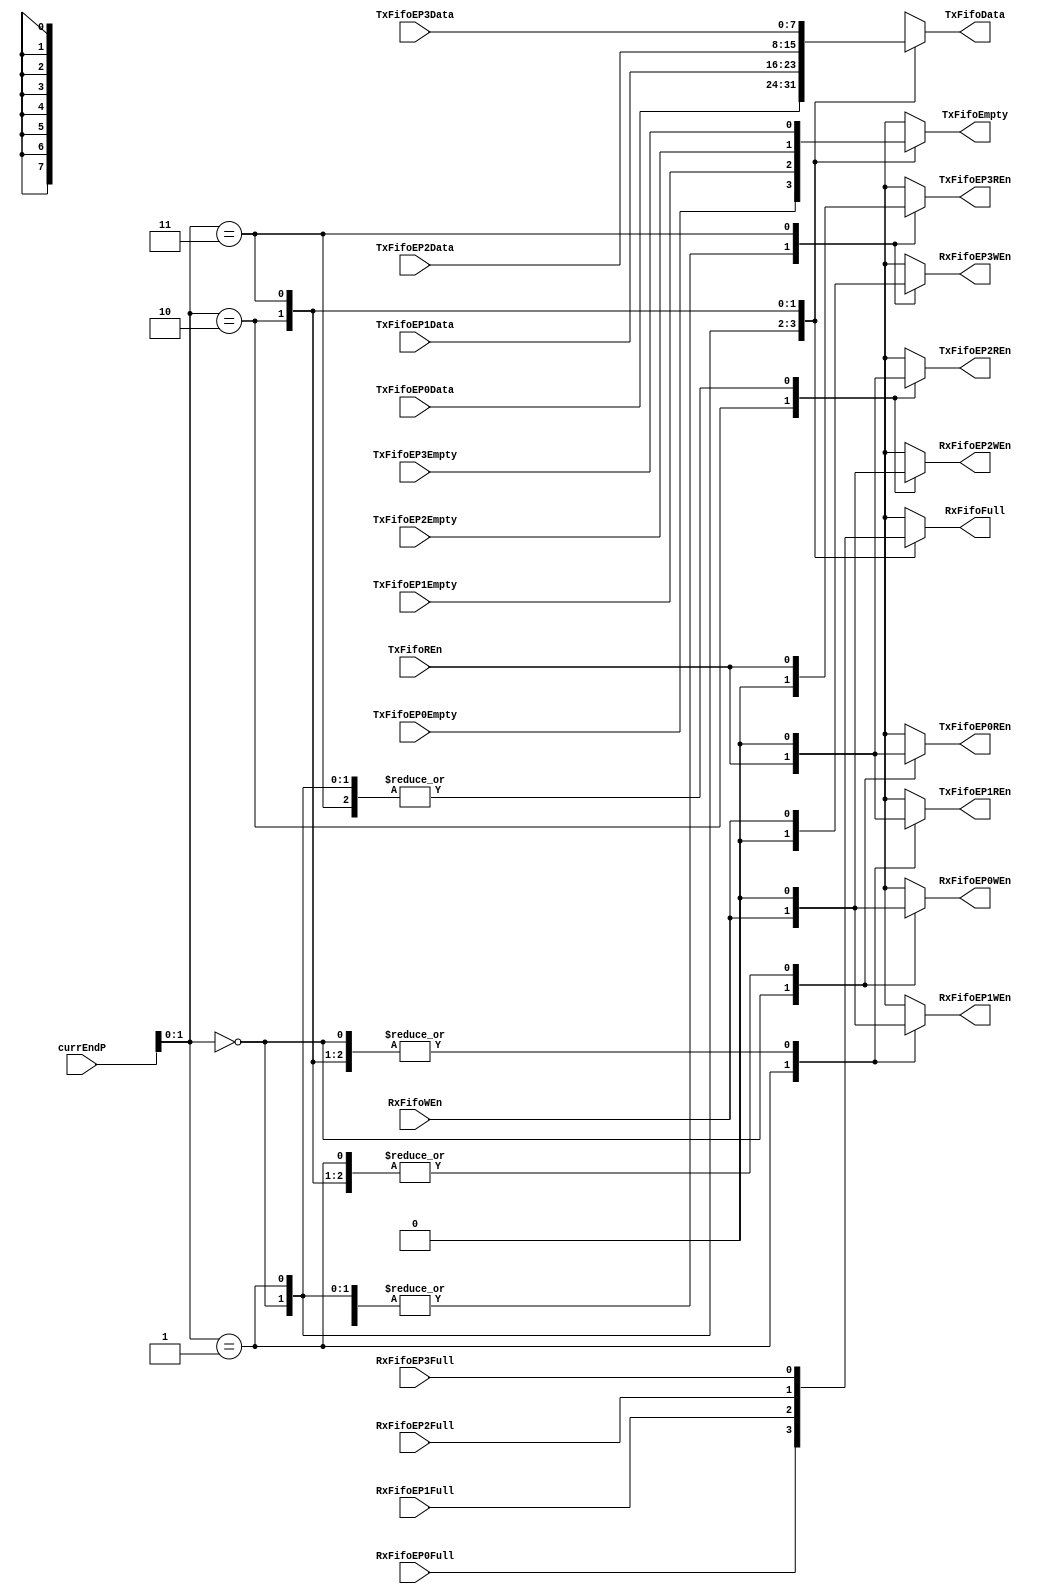
module fifoMux_simlib (
  currEndP,
  //TxFifo
  TxFifoREn,
  TxFifoEP0REn,
  TxFifoEP1REn,
  TxFifoEP2REn,
  TxFifoEP3REn,
  TxFifoData,
  TxFifoEP0Data,
  TxFifoEP1Data,
  TxFifoEP2Data,
  TxFifoEP3Data,
  TxFifoEmpty,
  TxFifoEP0Empty,
  TxFifoEP1Empty,
  TxFifoEP2Empty,
  TxFifoEP3Empty,
  //RxFifo
  RxFifoWEn,
  RxFifoEP0WEn,
  RxFifoEP1WEn,
  RxFifoEP2WEn,
  RxFifoEP3WEn,
  RxFifoFull,
  RxFifoEP0Full,
  RxFifoEP1Full,
  RxFifoEP2Full,
  RxFifoEP3Full
    );


input [3:0] currEndP;
//TxFifo
input TxFifoREn;
output TxFifoEP0REn;
output TxFifoEP1REn;
output TxFifoEP2REn;
output TxFifoEP3REn;
output [7:0] TxFifoData;
input [7:0] TxFifoEP0Data;
input [7:0] TxFifoEP1Data;
input [7:0] TxFifoEP2Data;
input [7:0] TxFifoEP3Data;
output TxFifoEmpty;
input TxFifoEP0Empty;
input TxFifoEP1Empty;
input TxFifoEP2Empty;
input TxFifoEP3Empty;
  //RxFifo
input RxFifoWEn;
output RxFifoEP0WEn;
output RxFifoEP1WEn;
output RxFifoEP2WEn;
output RxFifoEP3WEn;
output RxFifoFull;
input RxFifoEP0Full;
input RxFifoEP1Full;
input RxFifoEP2Full;
input RxFifoEP3Full;

wire [3:0] currEndP;
//TxFifo
wire TxFifoREn;
reg TxFifoEP0REn;
reg TxFifoEP1REn;
reg TxFifoEP2REn;
reg TxFifoEP3REn;
reg [7:0] TxFifoData;
wire [7:0] TxFifoEP0Data;
wire [7:0] TxFifoEP1Data;
wire [7:0] TxFifoEP2Data;
wire [7:0] TxFifoEP3Data;
reg TxFifoEmpty;
wire TxFifoEP0Empty;
wire TxFifoEP1Empty;
wire TxFifoEP2Empty;
wire TxFifoEP3Empty;
  //RxFifo
wire RxFifoWEn;
reg RxFifoEP0WEn;
reg RxFifoEP1WEn;
reg RxFifoEP2WEn;
reg RxFifoEP3WEn;
reg RxFifoFull;
wire RxFifoEP0Full;
wire RxFifoEP1Full;
wire RxFifoEP2Full;
wire RxFifoEP3Full;

//internal wires and regs

//combinatorially mux TX and RX fifos for end points 0 through 3
always @(currEndP or
  TxFifoREn or
  RxFifoWEn or
  TxFifoEP0Data or
  TxFifoEP1Data or
  TxFifoEP2Data or
  TxFifoEP3Data or
  TxFifoEP0Empty or
  TxFifoEP1Empty or
  TxFifoEP2Empty or
  TxFifoEP3Empty or
  RxFifoEP0Full or
  RxFifoEP1Full or
  RxFifoEP2Full or
  RxFifoEP3Full)
begin
  case (currEndP[1:0])
    2'b00: begin
      TxFifoEP0REn <= TxFifoREn;
      TxFifoEP1REn <= 1'b0;
      TxFifoEP2REn <= 1'b0;
      TxFifoEP3REn <= 1'b0;
      TxFifoData <= TxFifoEP0Data;
      TxFifoEmpty <= TxFifoEP0Empty;
      RxFifoEP0WEn <= RxFifoWEn;
      RxFifoEP1WEn <= 1'b0;
      RxFifoEP2WEn <= 1'b0;
      RxFifoEP3WEn <= 1'b0;
      RxFifoFull <= RxFifoEP0Full;
    end
    2'b01: begin
      TxFifoEP0REn <= 1'b0;
      TxFifoEP1REn <= TxFifoREn;
      TxFifoEP2REn <= 1'b0;
      TxFifoEP3REn <= 1'b0;
      TxFifoData <= TxFifoEP1Data;
      TxFifoEmpty <= TxFifoEP1Empty;
      RxFifoEP0WEn <= 1'b0;
      RxFifoEP1WEn <= RxFifoWEn;
      RxFifoEP2WEn <= 1'b0;
      RxFifoEP3WEn <= 1'b0;
      RxFifoFull <= RxFifoEP1Full;
    end
    2'b10: begin
      TxFifoEP0REn <= 1'b0;
      TxFifoEP1REn <= 1'b0;
      TxFifoEP2REn <= TxFifoREn;
      TxFifoEP3REn <= 1'b0;
      TxFifoData <= TxFifoEP2Data;
      TxFifoEmpty <= TxFifoEP2Empty;
      RxFifoEP0WEn <= 1'b0;
      RxFifoEP1WEn <= 1'b0;
      RxFifoEP2WEn <= RxFifoWEn;
      RxFifoEP3WEn <= 1'b0;
      RxFifoFull <= RxFifoEP2Full;
    end
    2'b11: begin
      TxFifoEP0REn <= 1'b0;
      TxFifoEP1REn <= 1'b0;
      TxFifoEP2REn <= 1'b0;
      TxFifoEP3REn <= TxFifoREn;
      TxFifoData <= TxFifoEP3Data;
      TxFifoEmpty <= TxFifoEP3Empty;
      RxFifoEP0WEn <= 1'b0;
      RxFifoEP1WEn <= 1'b0;
      RxFifoEP2WEn <= 1'b0;
      RxFifoEP3WEn <= RxFifoWEn;
      RxFifoFull <= RxFifoEP3Full;
    end
  endcase  
end      


endmodule